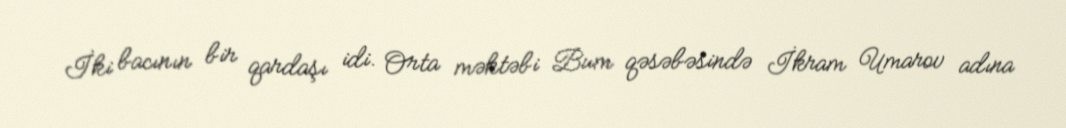
İki bacının bir qardaşı idi. Orta məktəbi Bum qəsəbəsində İkram Umarov adına